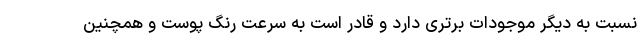
نسبت به دیگر موجودات برتری دارد و قادر است به سرعت رنگ پوست و همچنین